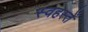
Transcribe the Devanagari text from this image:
स्वहस्तें